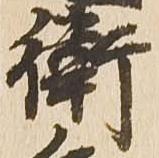
衛